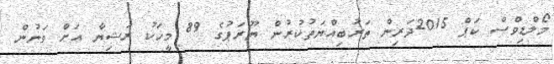
މޯލްޑިވްސް ކަޕް 2015ދަރިން ތަރުބިއްޔަތުކުރުން ޔޫރަަޕުގެ 89 މީހަކު ރަޝިޔާ އަށް ވަނުން